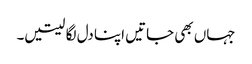
جہاں بھی جاتیں اپنا دل لگا لیتیں۔